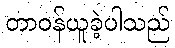
တာဝန်ယူခဲ့ပါသည်